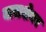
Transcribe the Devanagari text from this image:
बाराशेवर